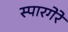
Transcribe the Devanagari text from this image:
स्पारगेरे